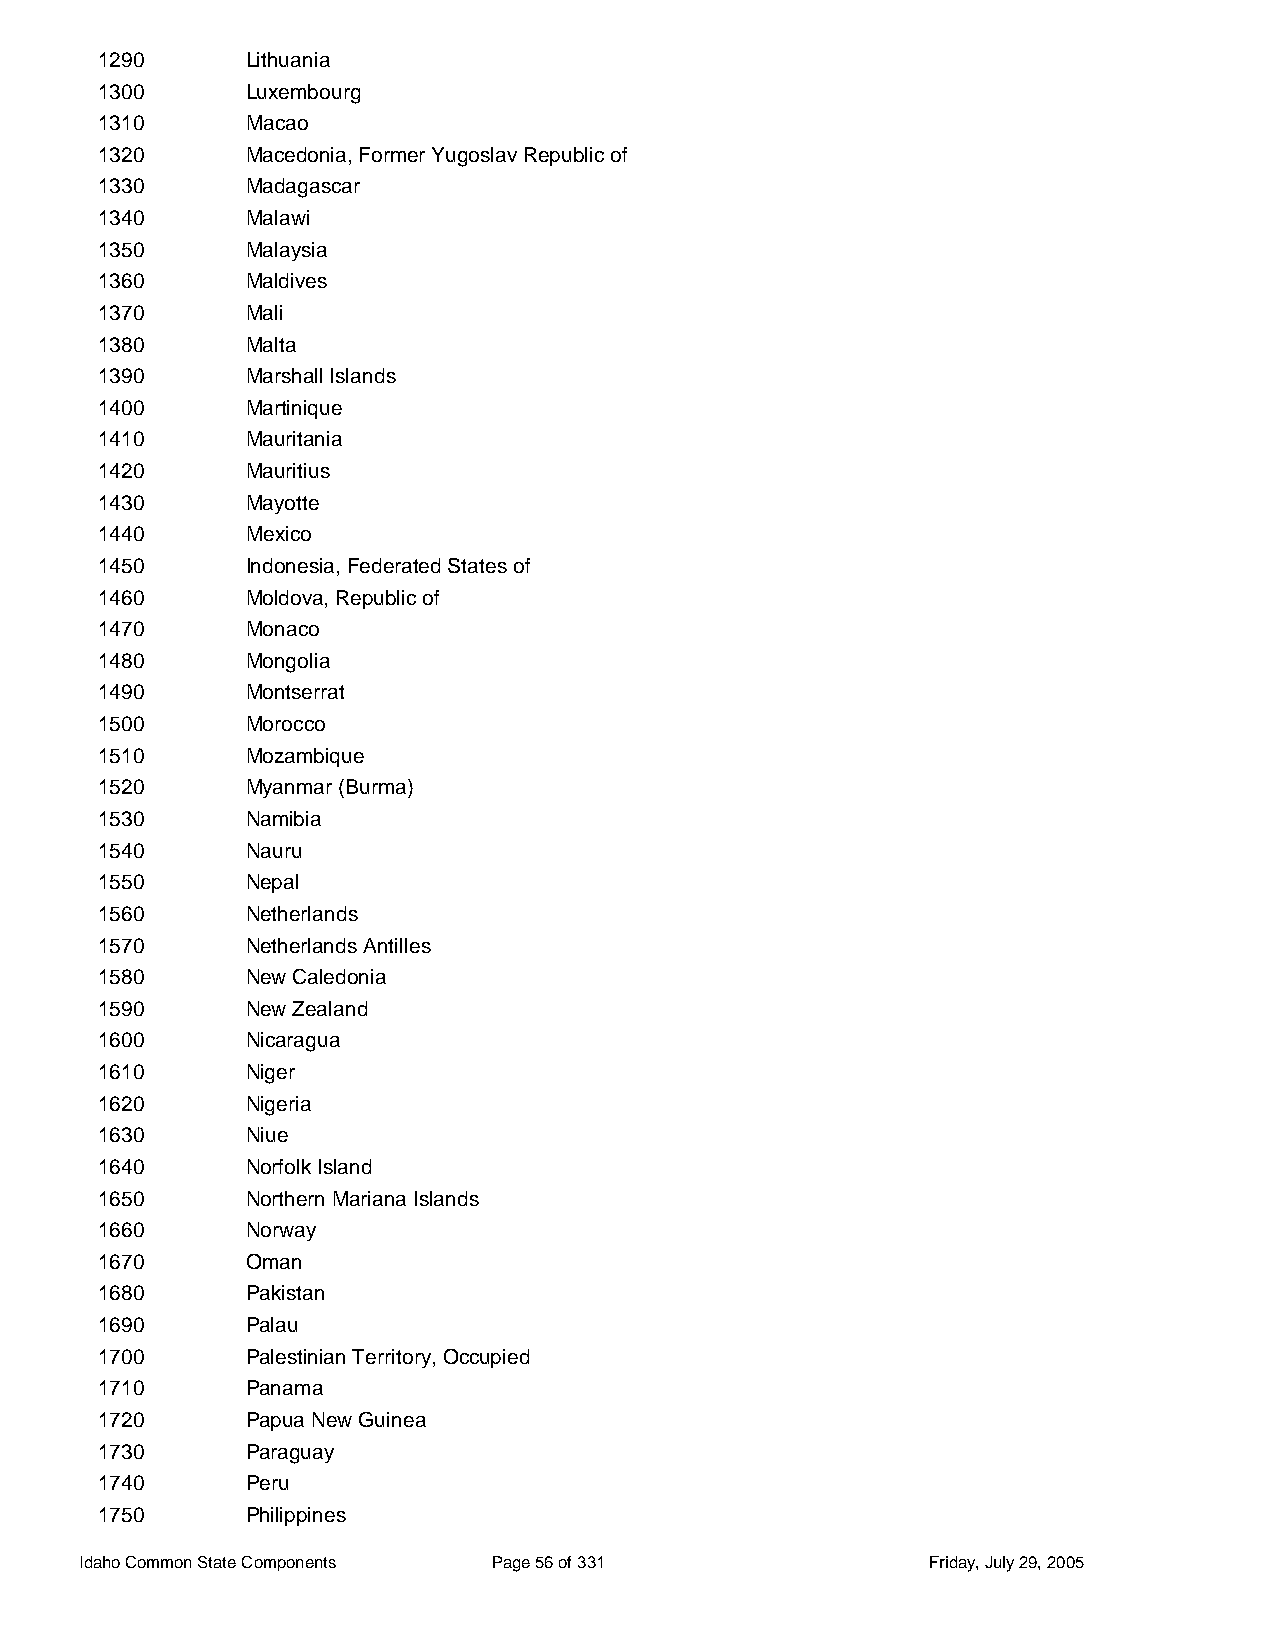
1290      Lithuania
 1300      Luxembourg
 1310      Macao
 1320      Macedonia, Former Yugoslav Republic of
 1330      Madagascar
 1340      Malawi
 1350      Malaysia
 1360      Maldives
 1370      Mali
 1380      Malta
 1390      Marshall Islands
 1400      Martinique
 1410      Mauritania
 1420      Mauritius
 1430      Mayotte
 1440      Mexico
 1450      Indonesia, Federated States of
 1460      Moldova, Republic of
 1470      Monaco
 1480      Mongolia
 1490      Montserrat
 1500      Morocco
 1510      Mozambique
 1520      Myanmar (Burma)
 1530      Namibia
 1540      Nauru
 1550      Nepal
 1560      Netherlands
 1570      Netherlands Antilles
 1580      New Caledonia
 1590      New Zealand
 1600      Nicaragua
 1610      Niger
 1620      Nigeria
 1630      Niue
 1640      Norfolk Island
 1650      Northern Mariana Islands
 1660      Norway
 1670      Oman
 1680      Pakistan
 1690      Palau
 1700      Palestinian Territory, Occupied
 1710      Panama
 1720      Papua New Guinea
 1730      Paraguay
 1740      Peru
 1750      Philippines
 Idaho Common State Components Page 56 of 331            Friday, July 29, 2005